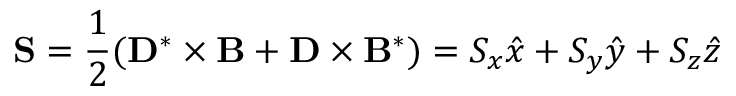
{ \bf S } = \frac { 1 } { 2 } ( { \bf D } ^ { * } \times { \bf B } + { \bf D } \times { \bf B } ^ { * } ) = S _ { x } \hat { x } + S _ { y } \hat { y } + S _ { z } \hat { z }